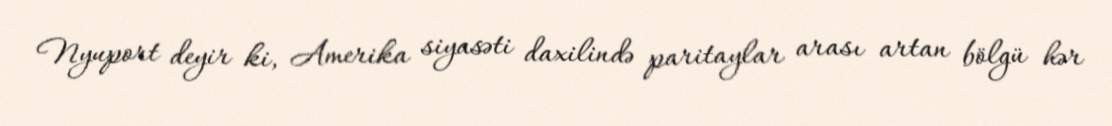
Nyuport deyir ki, Amerika siyasəti daxilində paritaylar arası artan bölgü hər